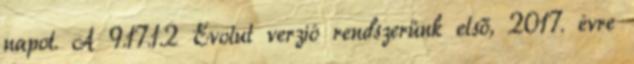
napot. A 9.17.1.2 Evolut verzió rendszerünk első, 2017. évre